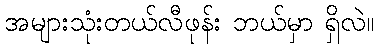
အများသုံးတယ်လီဖုန်း ဘယ်မှာ ရှိလဲ။